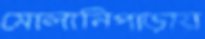
মোলানিপাড়ায়